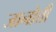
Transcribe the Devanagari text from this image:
जानोत्ती